Vaccine operations Central Provinces 1886-1899 - 1886-1899
Year: 1886
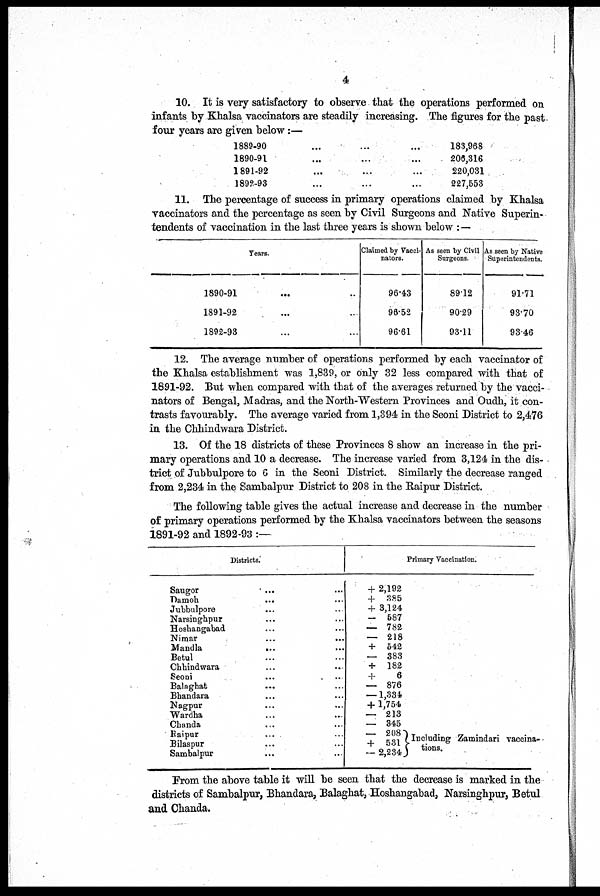
4
10. It is very satisfactory to observe that the operations performed on
infants by Khalsa vaccinators are steadily increasing. The figures for the past-
four years are given below:—
1889-90 ...
1890-91 ...
1891-92 ...
1892-93 ...
183,968
206,316
220,031
227,553
11. The percentage of success in primary operations claimed by Khalsa
vaccinators and the percentage as seen by Civil Surgeons and Native Superin-
tendents of vaccination in the last three years is shown below :—
Years.
1890-91 ... ..
1891-92 ... ..
1892-93 ... ..
Claimed by Vacci-
nators.
96.43
96.52
96.61
As seen by Civil
Surgeons.
89.12
90.29
93.11
As seen by Native
Superintendents.
91.71
93.70
93.46
12. The average number of operations performed by each vaccinator of
the Khalsa establishment was 1,839, or only 32 less compared with that of
1891-92. But when compared with that of the averages returned by the vacci-
nators of Bengal, Madras, and the North-Western Provinces and Oudh, it con-
trasts favourably. The average varied from 1,394 in the Seoni District to 2,476
in the Chhindwara District.
13. Of the 18 districts of these Provinces 8 show an increase in the pri-
mary operations and 10 a decrease. The increase varied from 3,124 in the dis-
trict of Jubbulpore to 6 in the Seoni District. Similarly the decrease ranged
from 2,234 in the Sambalpur District to 208 in the Raipur District.
The following table gives the actual increase and decrease in the number
of primary operations performed by the Khalsa vaccinators between the seasons
1891-92 and 1892-93 :—
Districts.
Saugor ... ...
Damoh
...
...
Jubbulpore ... ...
Narsinghpur ... ...
Hoshangabad ... ...
Nimar ... ...
Mandla
...
...
Betul ... ...
Chhindwara ... ...
Seoni ... ...
Balaghat
...
...
Bhandara ... ...
Nagpur ... ...
Wardha ... ...
Chanda ... ...
Raipur ... ...
Bilaspur ... ...
Sambalpur ... ...
Primary Vaccination.
+ 2,192
+ 385
+ 3,124
— 587
— 782
— 218
+ 542
— 383
+ 182
+
6
— 876
—1,334
+ 1,754
— 213
— 345
— 208
+ 531
— 2,234
Including Zamindari vaccina-
tions.
From the above table it will be seen that the decrease is marked in the
districts of Sambalpur, Bhandara, Balaghat, Hoshangabad, Narsinghpur, Betul
and Chanda.